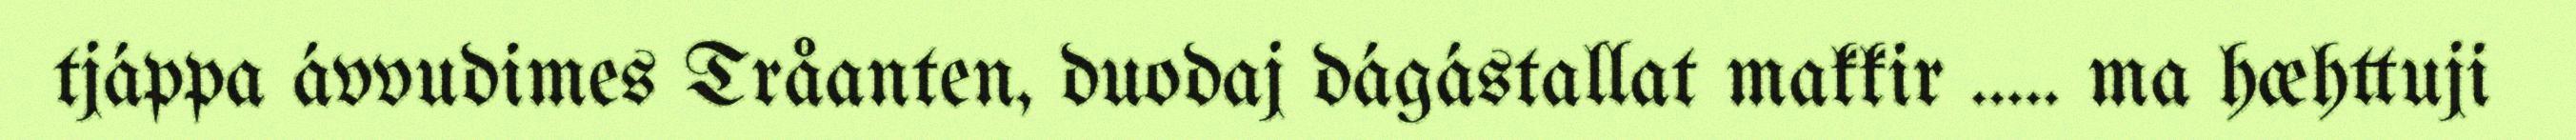
tjáppa ávvudimes Tråanten, duodaj dágástallat makkir ….. ma hæhttuji